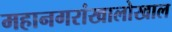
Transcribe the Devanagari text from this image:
महानगरांखालोखाल